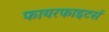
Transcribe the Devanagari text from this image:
फायरफाइटर्स